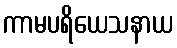
ကာမပရိယေသနာယ